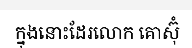
ក្នុងនោះដែរលោក គោស៊ុំ